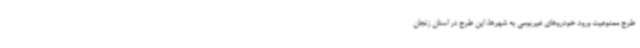
طرح ممنوعیت ورود خودروهای غیربومی به شهرها، این طرح در استان زنجان